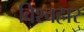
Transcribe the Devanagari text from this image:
विश्वहार